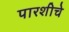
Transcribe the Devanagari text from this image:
पारशीचे